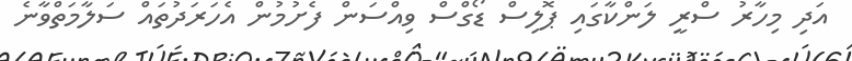
އަދި މިހާރު ސްރީ ލަންކާގައި ޕޮލިސް ޑޯގްސް ވިއްސަން ފެށުމުން އެހަރަދުތައް ސަލާމަތްވާނެ